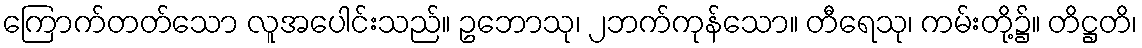
ကြောက်တတ်သော လူအပေါင်းသည်။ ဥဘောသု၊ ၂ဘက်ကုန်သော။ တီရေသု၊ ကမ်းတို့၌။ တိဋ္ဌတိ၊